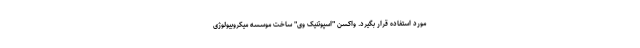
مورد استفاده قرار بگیرد. واکسن "اسپوتنیک وی" ساخت موسسه میکروبیولوژی